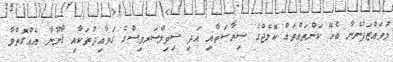
މުވައްޒަފުންނާ ބެހޭ ކަންތައްތައް ކޮލެޖްގެ ސިޔާސަތާއި އަދި ސިވިލްސަރވިސްގެ ގަވާއިދުތަކާއި ޤާނޫނާ އެއްގޮތްވާ